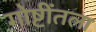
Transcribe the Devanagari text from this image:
गोष्टींतला